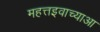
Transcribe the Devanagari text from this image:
महत्तइवाच्याआ